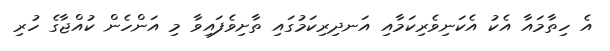
އެ ހިތާމައާ އެކު އެކަނިވެރިކަމާއި އަނދިރިކަމުގައި ތާށިވެފައިވާ މި އަންހެން ކުއްޖާގެ ހުރި